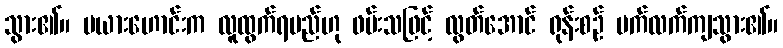
သွား၏။ မယားဟောင်းက လူထွက်ရမည်ဟု ဖမ်းသဖြင့် လွတ်အောင် ရုန်းစဉ် ပက်လက်ကျသွား၏။